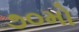
૭૦મો